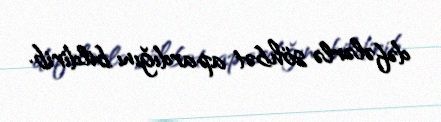
dəfələrlə söhbət apardığını bildirib.